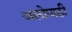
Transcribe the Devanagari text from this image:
अलोपाठी